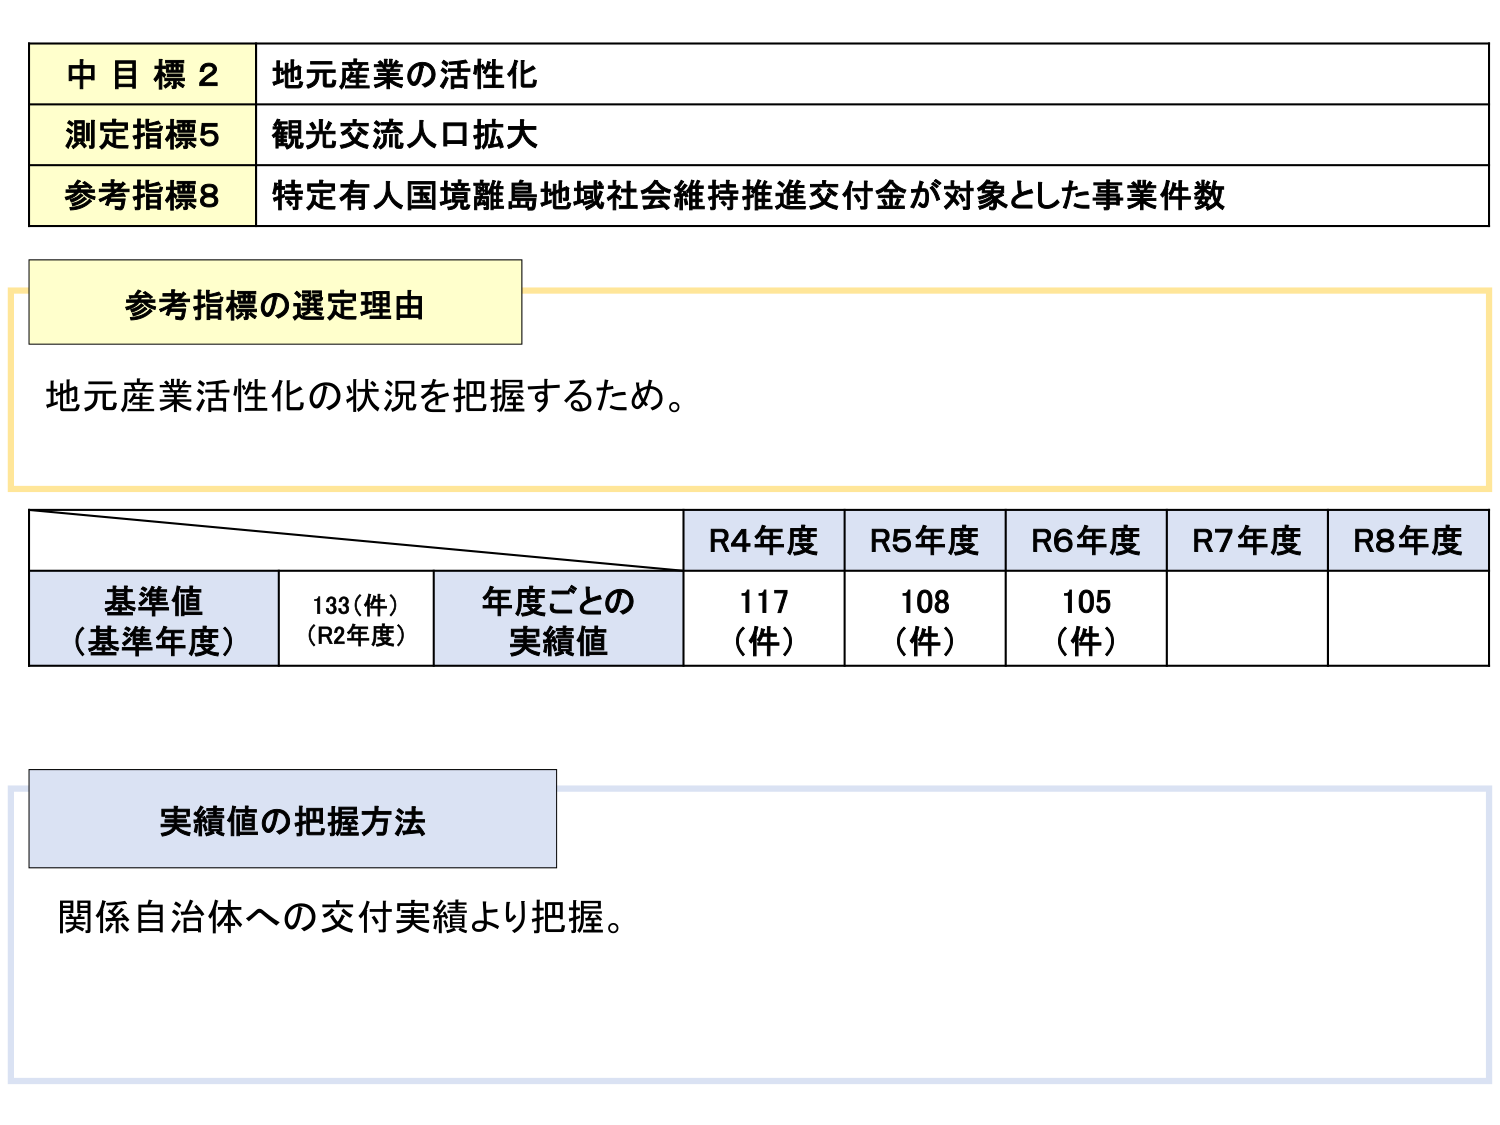
中目標2 地元産業の活性化
測定指標5 観光交流人口拡大
参考指標8 特定有人国境離島地域社会維持推進交付金が対象とした事業件数

参考指標の選定理由
地元産業活性化の状況を把握するため。

R4年度 R5年度 R6年度 R7年度 R8年度
基準値（基準年度） 133（件）（R2年度） 年度ごとの実績値 117（件） 108（件） 105（件）

実績値の把握方法
関係自治体への交付実績より把握。